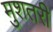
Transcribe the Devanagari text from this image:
मुशतरी